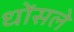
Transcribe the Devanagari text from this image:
धोंसले